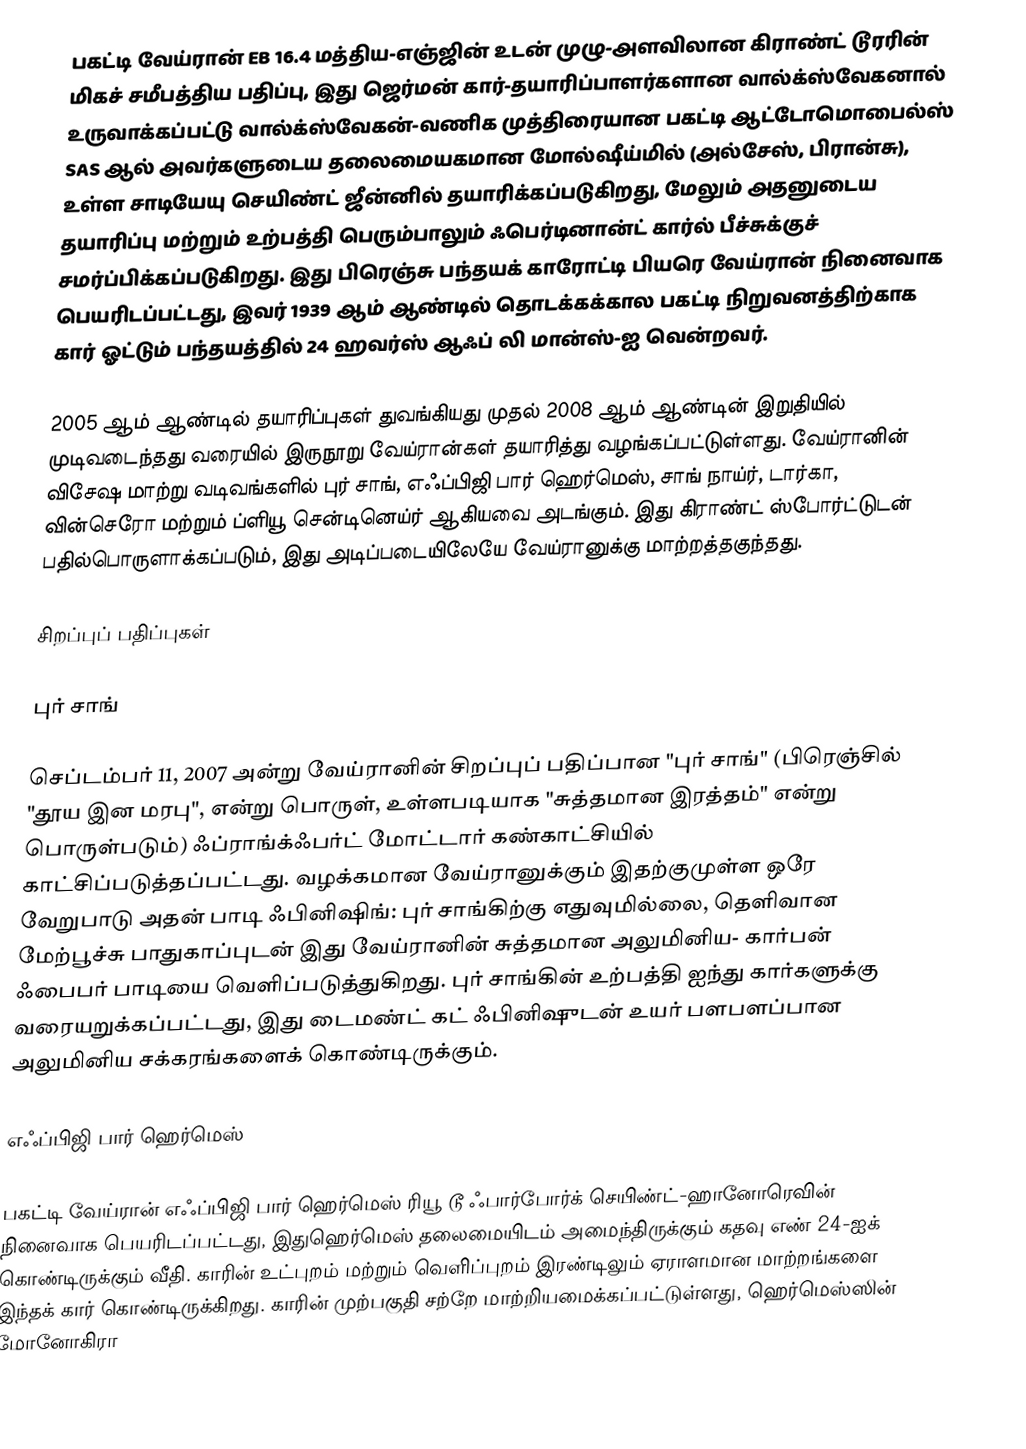
பகட்டி வேய்ரான் EB 16.4  மத்திய-எஞ்ஜின் உடன் முழு-அளவிலான கிராண்ட் டூரரின் மிகச் சமீபத்திய பதிப்பு, இது ஜெர்மன் கார்-தயாரிப்பாளர்களான வால்க்ஸ்வேகனால் உருவாக்கப்பட்டு வால்க்ஸ்வேகன்-வணிக முத்திரையான பகட்டி ஆட்டோமொபைல்ஸ் SAS ஆல் அவர்களுடைய தலைமையகமான மோல்ஷீய்மில் (அல்சேஸ், பிரான்சு), உள்ள சாடியேயு செயிண்ட் ஜீன்னில் தயாரிக்கப்படுகிறது, மேலும் அதனுடைய தயாரிப்பு மற்றும் உற்பத்தி பெரும்பாலும் ஃபெர்டினான்ட் கார்ல் பீச்சுக்குச் சமர்ப்பிக்கப்படுகிறது. இது பிரெஞ்சு பந்தயக் காரோட்டி பியரெ வேய்ரான் நினைவாக பெயரிடப்பட்டது, இவர் 1939 ஆம் ஆண்டில் தொடக்கக்கால பகட்டி நிறுவனத்திற்காக கார் ஓட்டும் பந்தயத்தில் 24 ஹவர்ஸ் ஆஃப் லி மான்ஸ்-ஐ வென்றவர்.

2005 ஆம் ஆண்டில் தயாரிப்புகள் துவங்கியது முதல் 2008 ஆம் ஆண்டின் இறுதியில் முடிவடைந்தது வரையில் இருநூறு வேய்ரான்கள் தயாரித்து வழங்கப்பட்டுள்ளது. வேய்ரானின் விசேஷ மாற்று வடிவங்களில் புர் சாங், எஃப்பிஜி பார் ஹெர்மெஸ், சாங் நாய்ர், டார்கா, வின்செரோ மற்றும் ப்ளியூ சென்டினெய்ர் ஆகியவை அடங்கும். இது கிராண்ட் ஸ்போர்ட்டுடன் பதில்பொருளாக்கப்படும், இது அடிப்படையிலேயே வேய்ரானுக்கு மாற்றத்தகுந்தது.

சிறப்புப் பதிப்புகள்

புர் சாங்

செப்டம்பர் 11, 2007 அன்று வேய்ரானின் சிறப்புப் பதிப்பான "புர் சாங்" (பிரெஞ்சில் "தூய இன மரபு", என்று பொருள், உள்ளபடியாக "சுத்தமான இரத்தம்"  என்று பொருள்படும்)  ஃப்ராங்க்ஃபர்ட் மோட்டார் கண்காட்சியில் காட்சிப்படுத்தப்பட்டது. வழக்கமான வேய்ரானுக்கும் இதற்குமுள்ள ஒரே வேறுபாடு அதன் பாடி ஃபினிஷிங்: புர் சாங்கிற்கு எதுவுமில்லை, தெளிவான மேற்பூச்சு பாதுகாப்புடன் இது வேய்ரானின் சுத்தமான அலுமினிய- கார்பன் ஃபைபர் பாடியை வெளிப்படுத்துகிறது. புர் சாங்கின் உற்பத்தி ஐந்து கார்களுக்கு வரையறுக்கப்பட்டது, இது டைமண்ட் கட் ஃபினிஷுடன் உயர் பளபளப்பான அலுமினிய சக்கரங்களைக் கொண்டிருக்கும்.

எஃப்பிஜி பார் ஹெர்மெஸ்

பகட்டி வேய்ரான் எஃப்பிஜி பார் ஹெர்மெஸ் ரியூ டூ ஃபார்போர்க் செயிண்ட்-ஹானோரெவின் நினைவாக பெயரிடப்பட்டது, இதுஹெர்மெஸ் தலைமையிடம் அமைந்திருக்கும் கதவு எண் 24-ஐக் கொண்டிருக்கும் வீதி. காரின் உட்புறம் மற்றும் வெளிப்புறம் இரண்டிலும் ஏராளமான மாற்றங்களை இந்தக் கார் கொண்டிருக்கிறது. காரின் முற்பகுதி சற்றே மாற்றியமைக்கப்பட்டுள்ளது, ஹெர்மெஸ்ஸின் மோனோகிரா